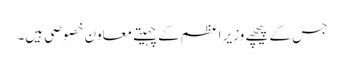
جس کے پیچھے وزیر اعظم کے چہیتے معاون خصوصی ہیں۔